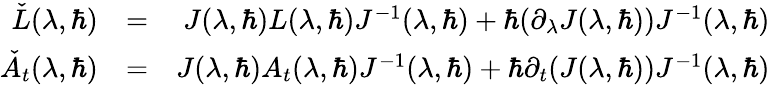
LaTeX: \begin{array}{rlr}{\check{L}(\lambda,\hbar)}&{=}&{J(\lambda,\hbar)L(\lambda,\hbar)J^{-1}(\lambda,\hbar)+\hbar(\partial_{\lambda}J(\lambda,\hbar))J^{-1}(\lambda,\hbar)}\\ {\check{A}_{t}(\lambda,\hbar)}&{=}&{J(\lambda,\hbar)A_{t}(\lambda,\hbar)J^{-1}(\lambda,\hbar)+\hbar\partial_{t}(J(\lambda,\hbar))J^{-1}(\lambda,\hbar)}\end{array}